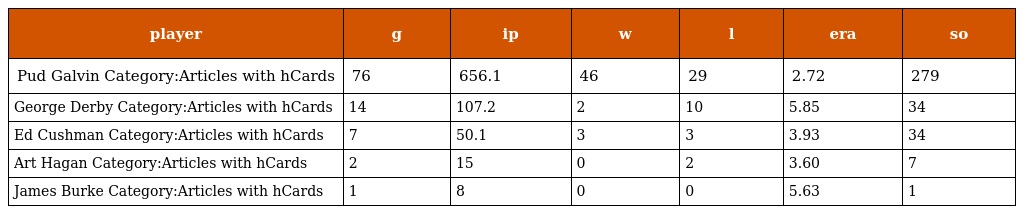
| player | g | ip | w | l | era | so |
 | --- | --- | --- | --- | --- | --- | --- |
 | Pud Galvin Category:Articles with hCards | 76 | 656.1 | 46 | 29 | 2.72 | 279 |
 | George Derby Category:Articles with hCards | 14 | 107.2 | 2 | 10 | 5.85 | 34 |
 | Ed Cushman Category:Articles with hCards | 7 | 50.1 | 3 | 3 | 3.93 | 34 |
 | Art Hagan Category:Articles with hCards | 2 | 15 | 0 | 2 | 3.60 | 7 |
 | James Burke Category:Articles with hCards | 1 | 8 | 0 | 0 | 5.63 | 1 |